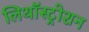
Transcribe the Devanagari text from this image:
लिथॉस्ट्रोशन